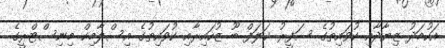
އަހުމަދު ޒިޔާދާއި ކުވައިތުގެ ސަފީރު ޚަލަފް ބޫ ޒުހައިރާއި ކުވައިތުގެ އިސްލާމިކް މިނިސްޓްރީގެ